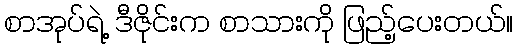
စာအုပ်ရဲ့ ဒီဇိုင်းက စာသားကို ဖြည့်ပေးတယ်။